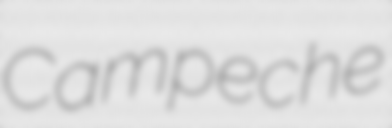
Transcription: Campeche